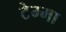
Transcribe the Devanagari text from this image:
टेम्मा